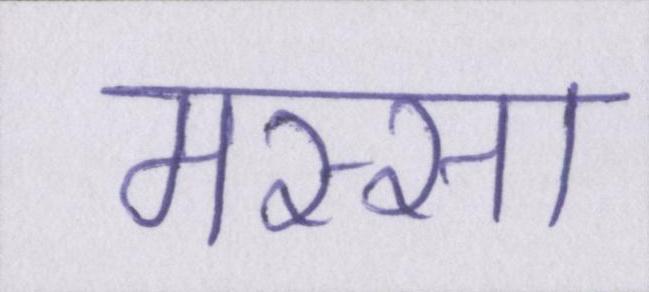
मस्सा